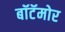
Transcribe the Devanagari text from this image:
बॉटॅमोर